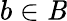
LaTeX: b\in\mathit{B}